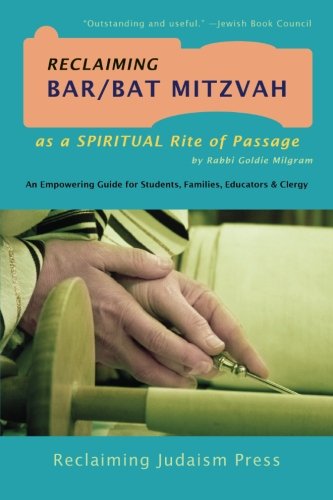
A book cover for Reclaiming Bar/Bat Mitzvah: as a Spiritual Rite of Passage; Rabbi Goldie Milgram; Religion & Spirituality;